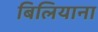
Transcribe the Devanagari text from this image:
बिलियाना